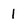
Character: 1